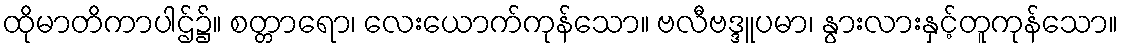
ထိုမာတိကာပါဌ်၌။ စတ္တာရော၊ လေးယောက်ကုန်သော။ ဗလီဗဒ္ဒူပမာ၊ နွားလားနှင့်တူကုန်သော။